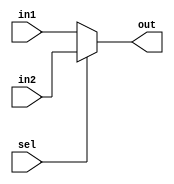
//mux8
module mux8(in1, in2, sel, out);
  input [7:0] in1, in2;
  input sel;
  output [7:0] out;
  
  assign out = sel?in2:in1;
  
endmodule
/////////////////////////
//mux25
module mux25(in1, in2, sel, out);
  input [24:0] in1, in2;
  input sel;
  output [24:0] out;
  
  assign out = sel?in2:in1;
  
endmodule